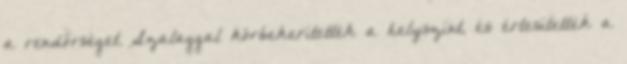
a rendőrséget. Szalaggal körbekerítették a helyszínt, és értesítették a